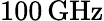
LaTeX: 100\, \mathrm{GHz}